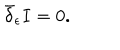
LaTeX: \bar { \delta } _ { \epsilon } I = 0 .